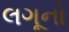
લગૂનો